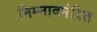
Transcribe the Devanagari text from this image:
निम्नावमंदित